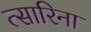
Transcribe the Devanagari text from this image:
त्सारिना